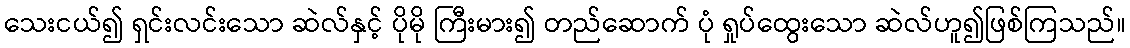
သေးငယ်၍ ရှင်းလင်းသော ဆဲလ်နှင့် ပိုမို ကြီးမား၍ တည်ဆောက် ပုံ ရှုပ်ထွေးသော ဆဲလ်ဟူ၍ဖြစ်ကြသည်။